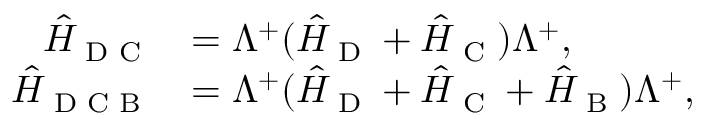
\begin{array} { r l } { \hat { H } _ { \textrm { D C } } } & { = \Lambda ^ { + } ( \hat { H } _ { \textrm { D } } + \hat { H } _ { \textrm { C } } ) \Lambda ^ { + } , } \\ { \hat { H } _ { \textrm { D C B } } } & { = \Lambda ^ { + } ( \hat { H } _ { \textrm { D } } + \hat { H } _ { \textrm { C } } + \hat { H } _ { \textrm { B } } ) \Lambda ^ { + } , } \end{array}